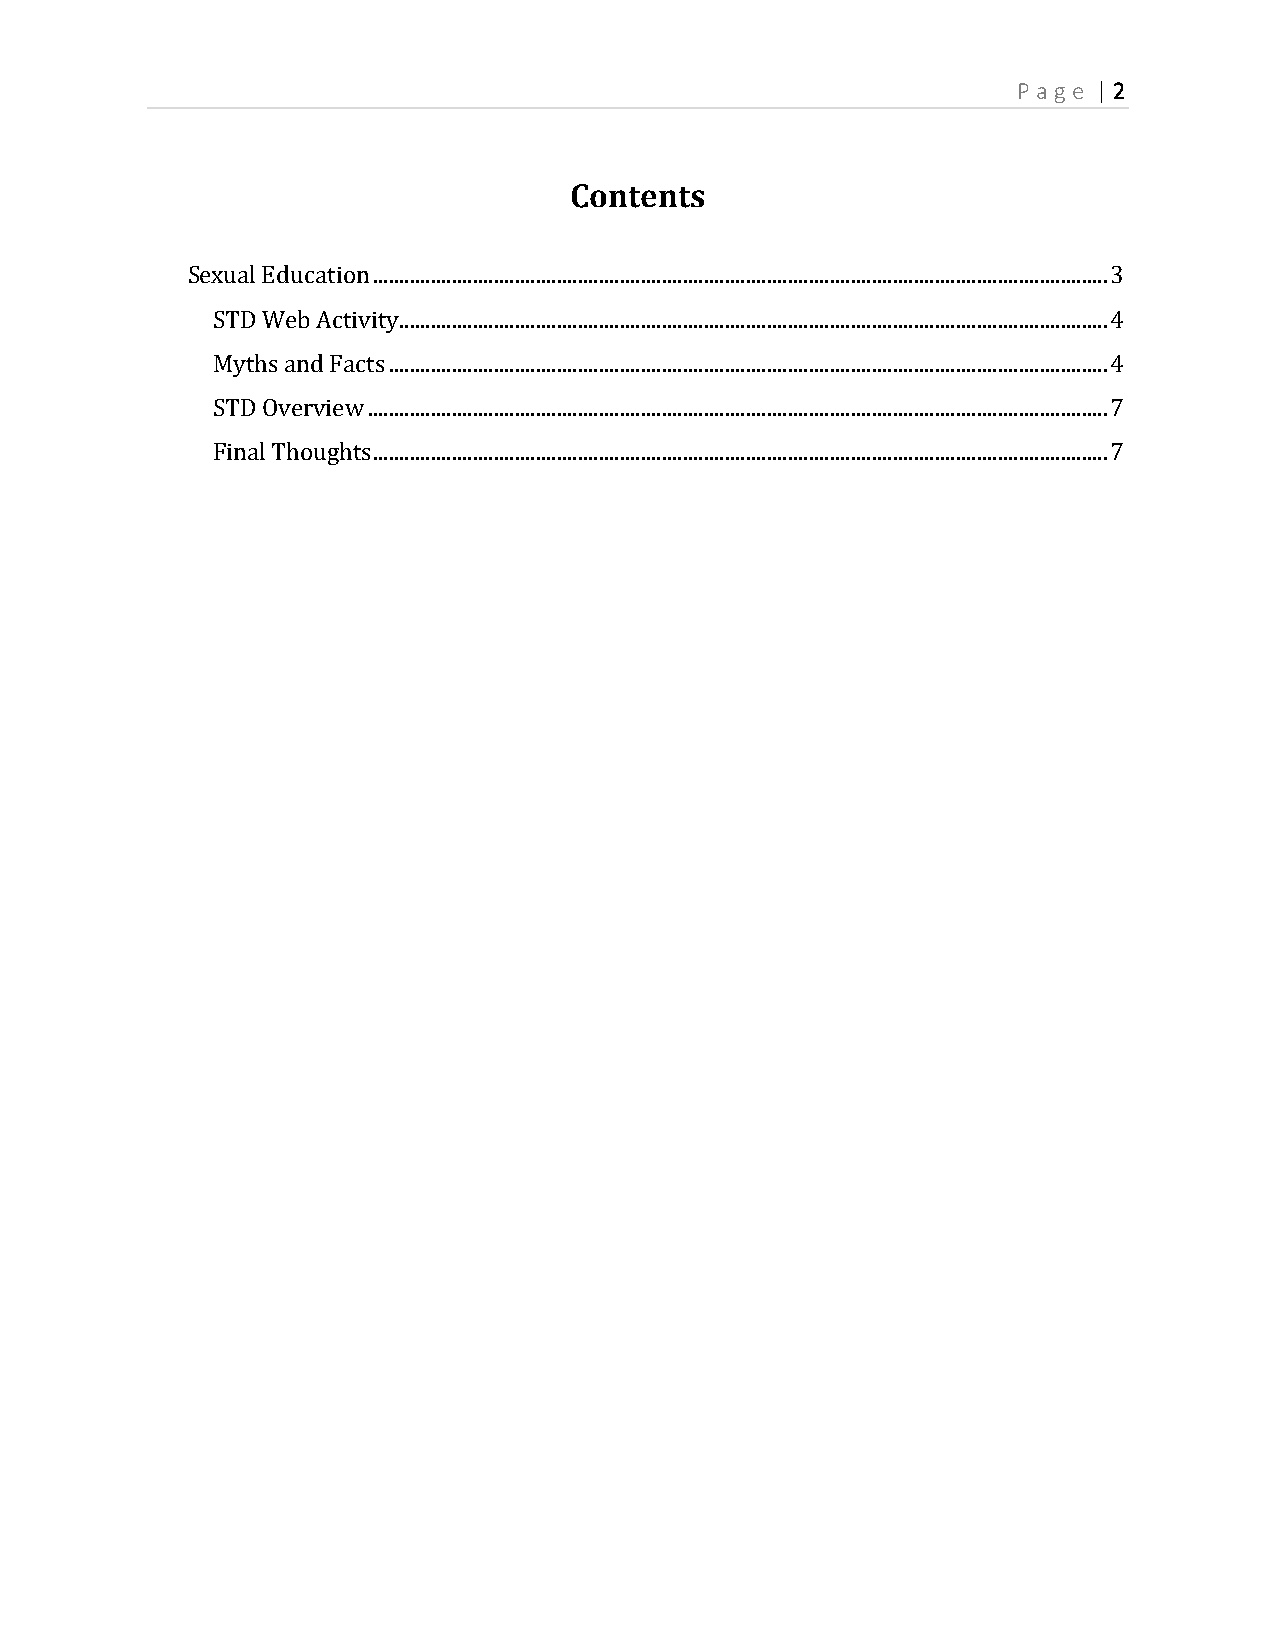
P age | 2
 Contents
 Sexual Education ............................................................................................................................................ 3
 STD Web Activity ....................................................................................................................................... 4
 Myths and Facts ......................................................................................................................................... 4
 STD Overview ............................................................................................................................................. 7
 Final Thoughts ............................................................................................................................................ 7